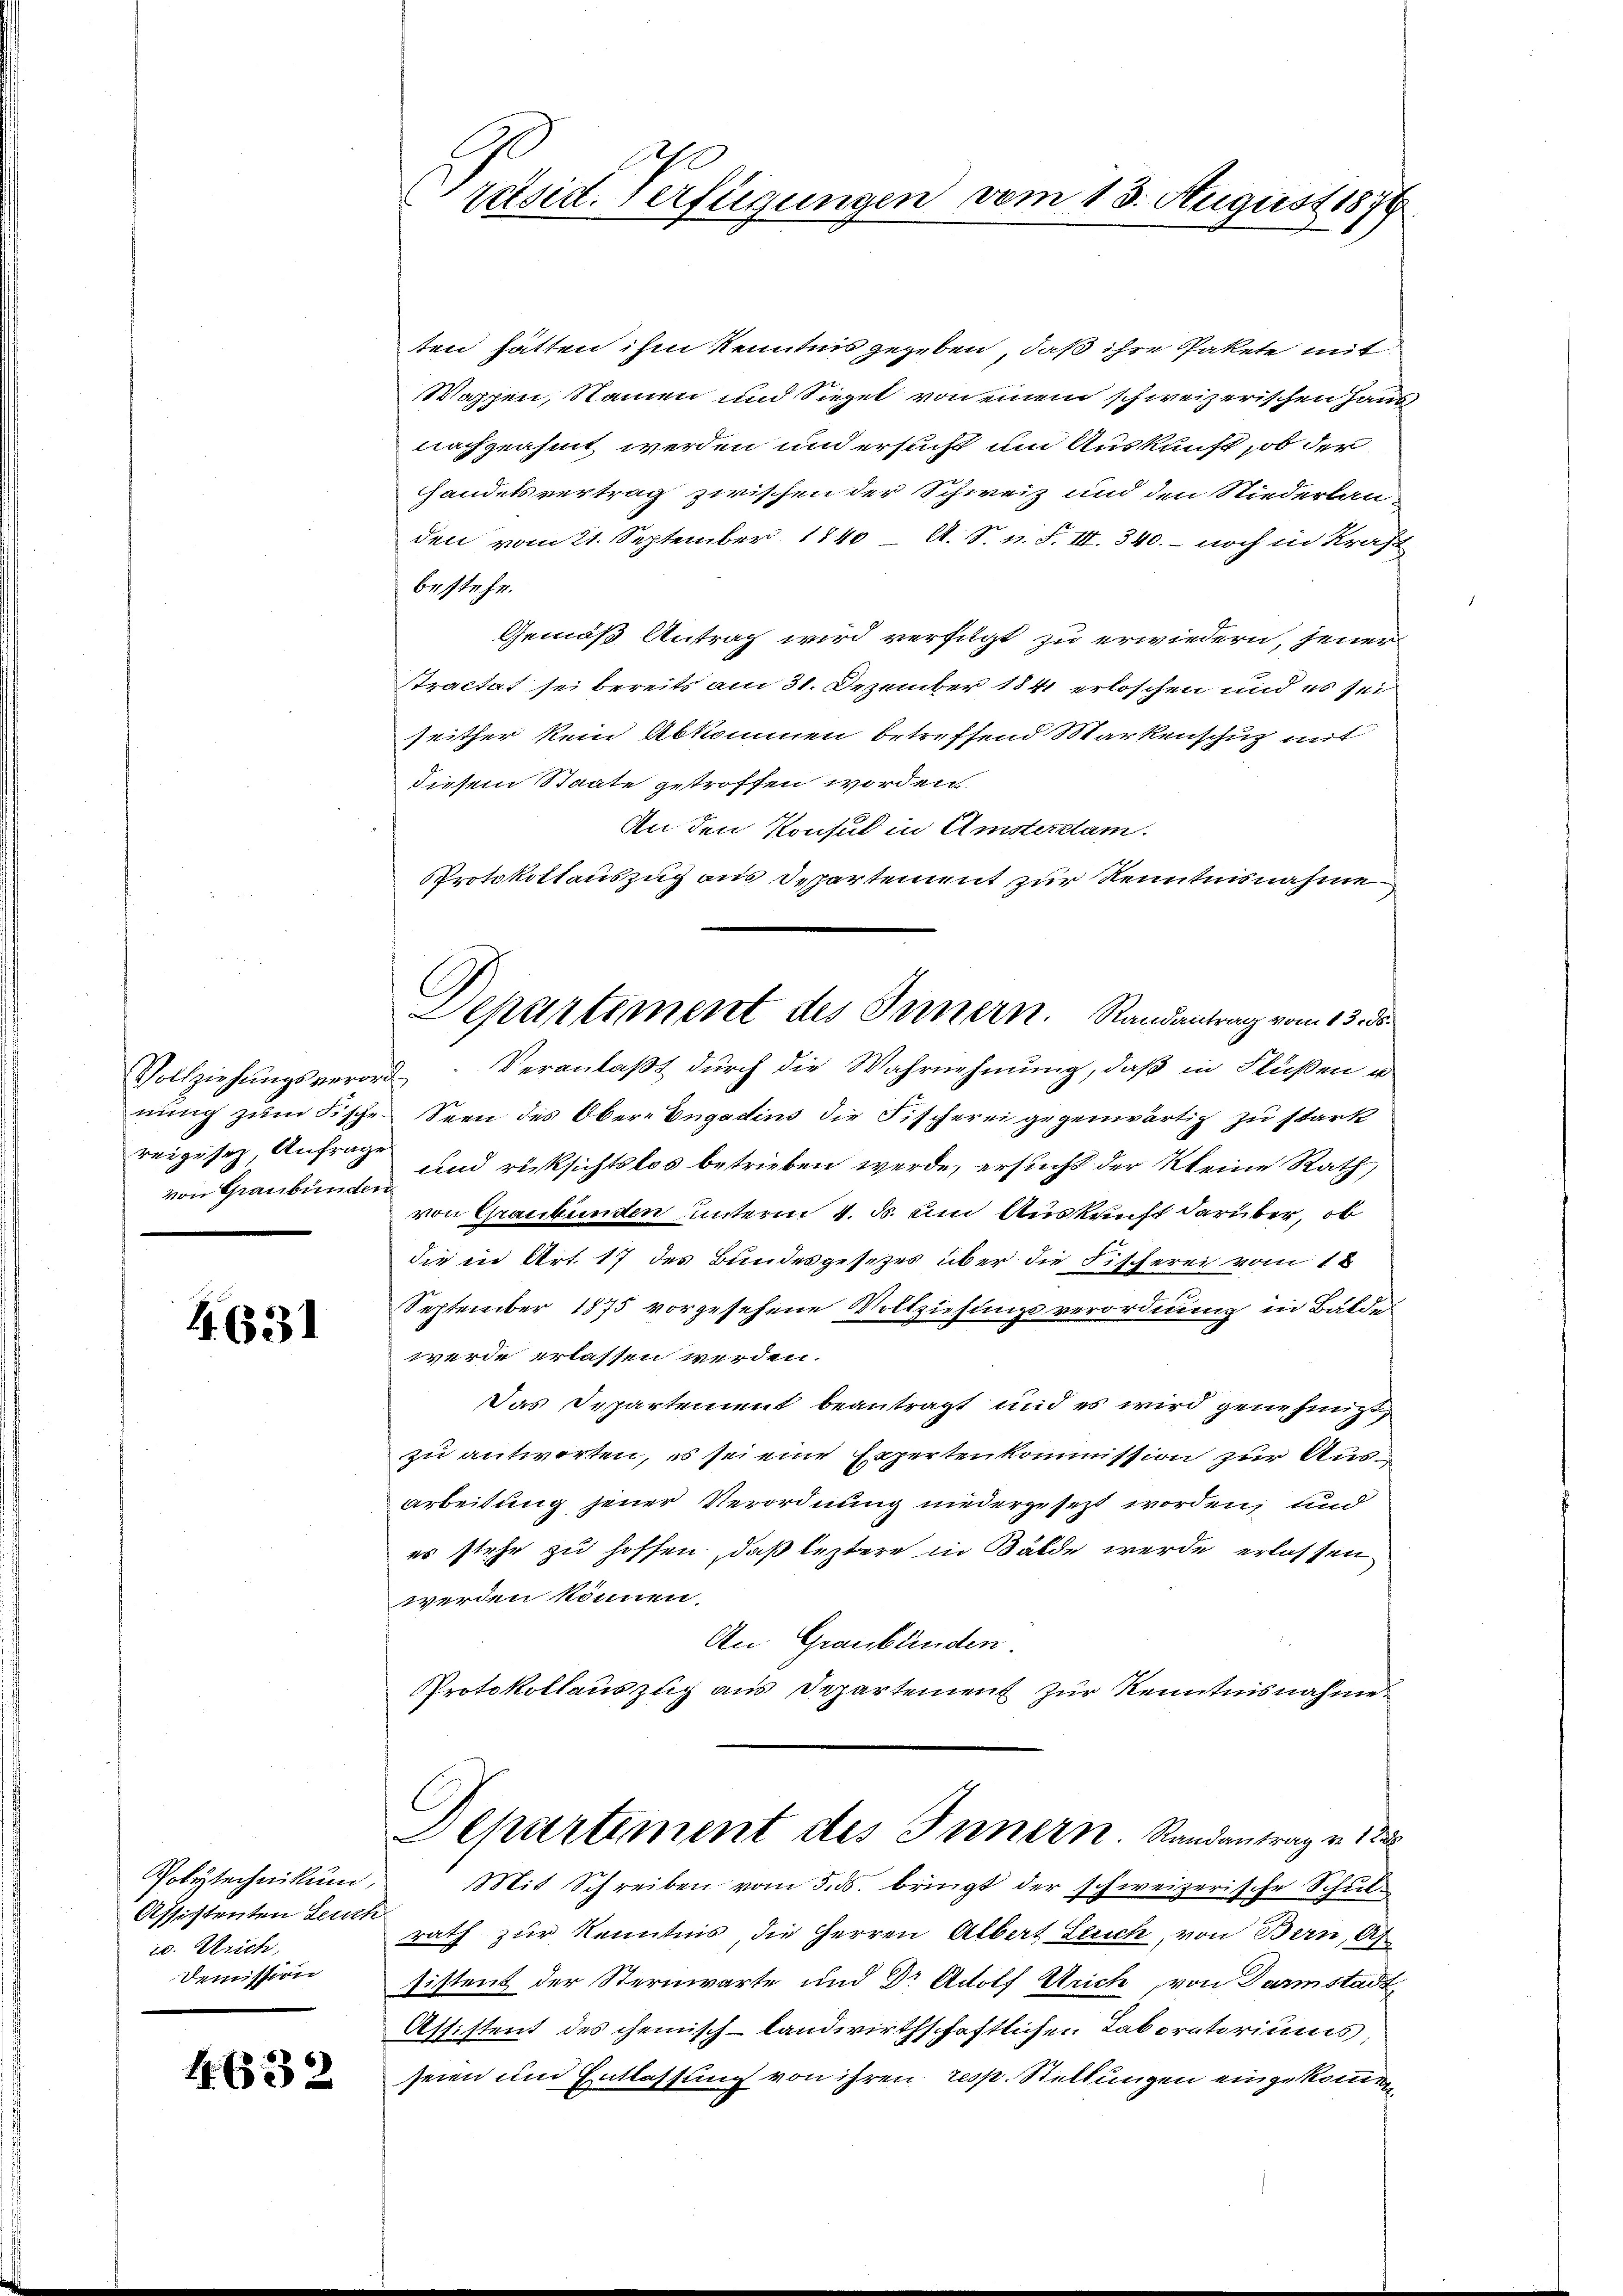
Vollziehungsveror
nung zum Fische
reigesez, Anfrag
von Graubünden

4. 631

Polytechnikum
Affistenten Leut
u. Strich,
Demission

4. 632

Präsid. Verfligungen vom 13. August 1874

ten hätten ihm Kenntnis gegeben, daß ihre Pakete mit
Wappen, Namen und Siegel von einem schweizerischen Haus
nachgeahmt werden und ersucht um Auskunft, ob der
Handelsvertrag zwischen der Schweiz und den Niederlanden vom 21. September 1840 - A. S. n. F. III. 340. - noch in Kraft
bestehe.
Gemäß Antrag wird verfügt zu erwiedern, jener
tractat sei bereits am 31. Dezember 184 erloschen und es sei
seither kein Abkommen betreffend Markenschuz mit
diesem Staate getroffen worden.
An den Konsul in Amsterdam.
Protokollauszug aus Departement zur Kenntnisnahme
Veranlaßt durch die Wahrnehmung, daß in Flüßen u
s
Seen des Obere Engadins die Fischerei gegenwärtig zu stark
und rücksichtslos betrieben werde, ersucht der Kleine Rath
von Graubünden, unterm 4. d. um Auskunft darüber, ob
die in Art. 17 des Bundesgesetzes über die Fischerei vom 1
September 1875 vorgesehene Vollziehungsverordnung in Bälde
werde erlassen werden.
Das Departement beantragt und es wird genehmigt
zu antworten, es sei eine Expertenkommission zur Aus¬
Arbeitung jener Verordnung niedergesetzt worden, und
es stehe zu hoffen, daß leztere in Bälde werde erlassen.
werden können.
An Graubünden.
Protokollaŭszŭg aŭs Departement zŭr Kenntnisnahme
Departement des Innern. Randantrag von 132
Mit Schreiben vom 5. ds. bringt der schweizerische Schulrath zur Kenntnis, die Herren Albert Leich, von Bern, Af
sistens der Sternwarte und Dr Adolf Strich, von Darmstadt
Assistent des chemisch-landwirthschaftlichen Taboratoriums,
seien und Entlassung von ihren resp. Stellungen eingekommen,

Departement des Innern. Randantrag vom 13. ds.